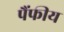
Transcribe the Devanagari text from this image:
पैंफीय